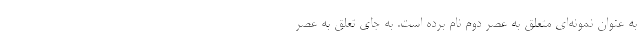
به عنوان نمونه‌ای متعلق به عصر دوم نام برده است. به جای تعلق به عصر